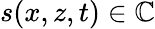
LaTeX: s(x,z,t)\in\mathbb{C}